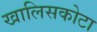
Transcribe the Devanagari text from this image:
खालिसकोटा